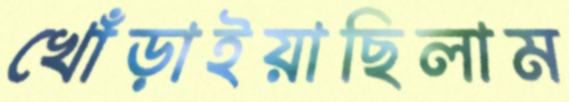
খোঁড়াইয়াছিলাম